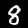
Label: 8